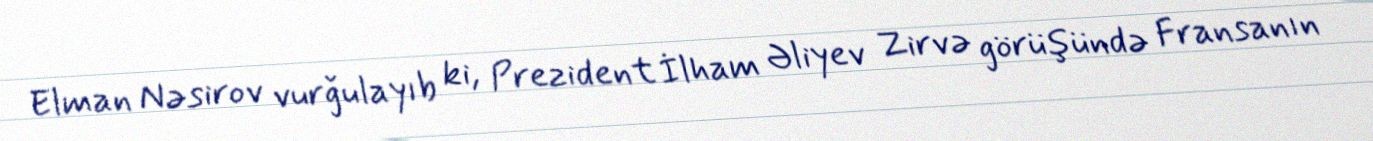
Elman Nəsirov vurğulayıb ki, Prezident İlham Əliyev Zirvə görüşündə Fransanın